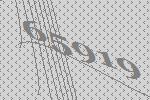
65919